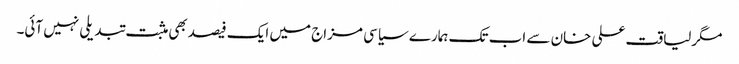
مگرلیاقت علی خان سے اب تک ہمارے سیاسی مزاج میں ایک فیصدبھی مثبت تبدیلی نہیں آئی۔